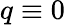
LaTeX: q\equiv 0